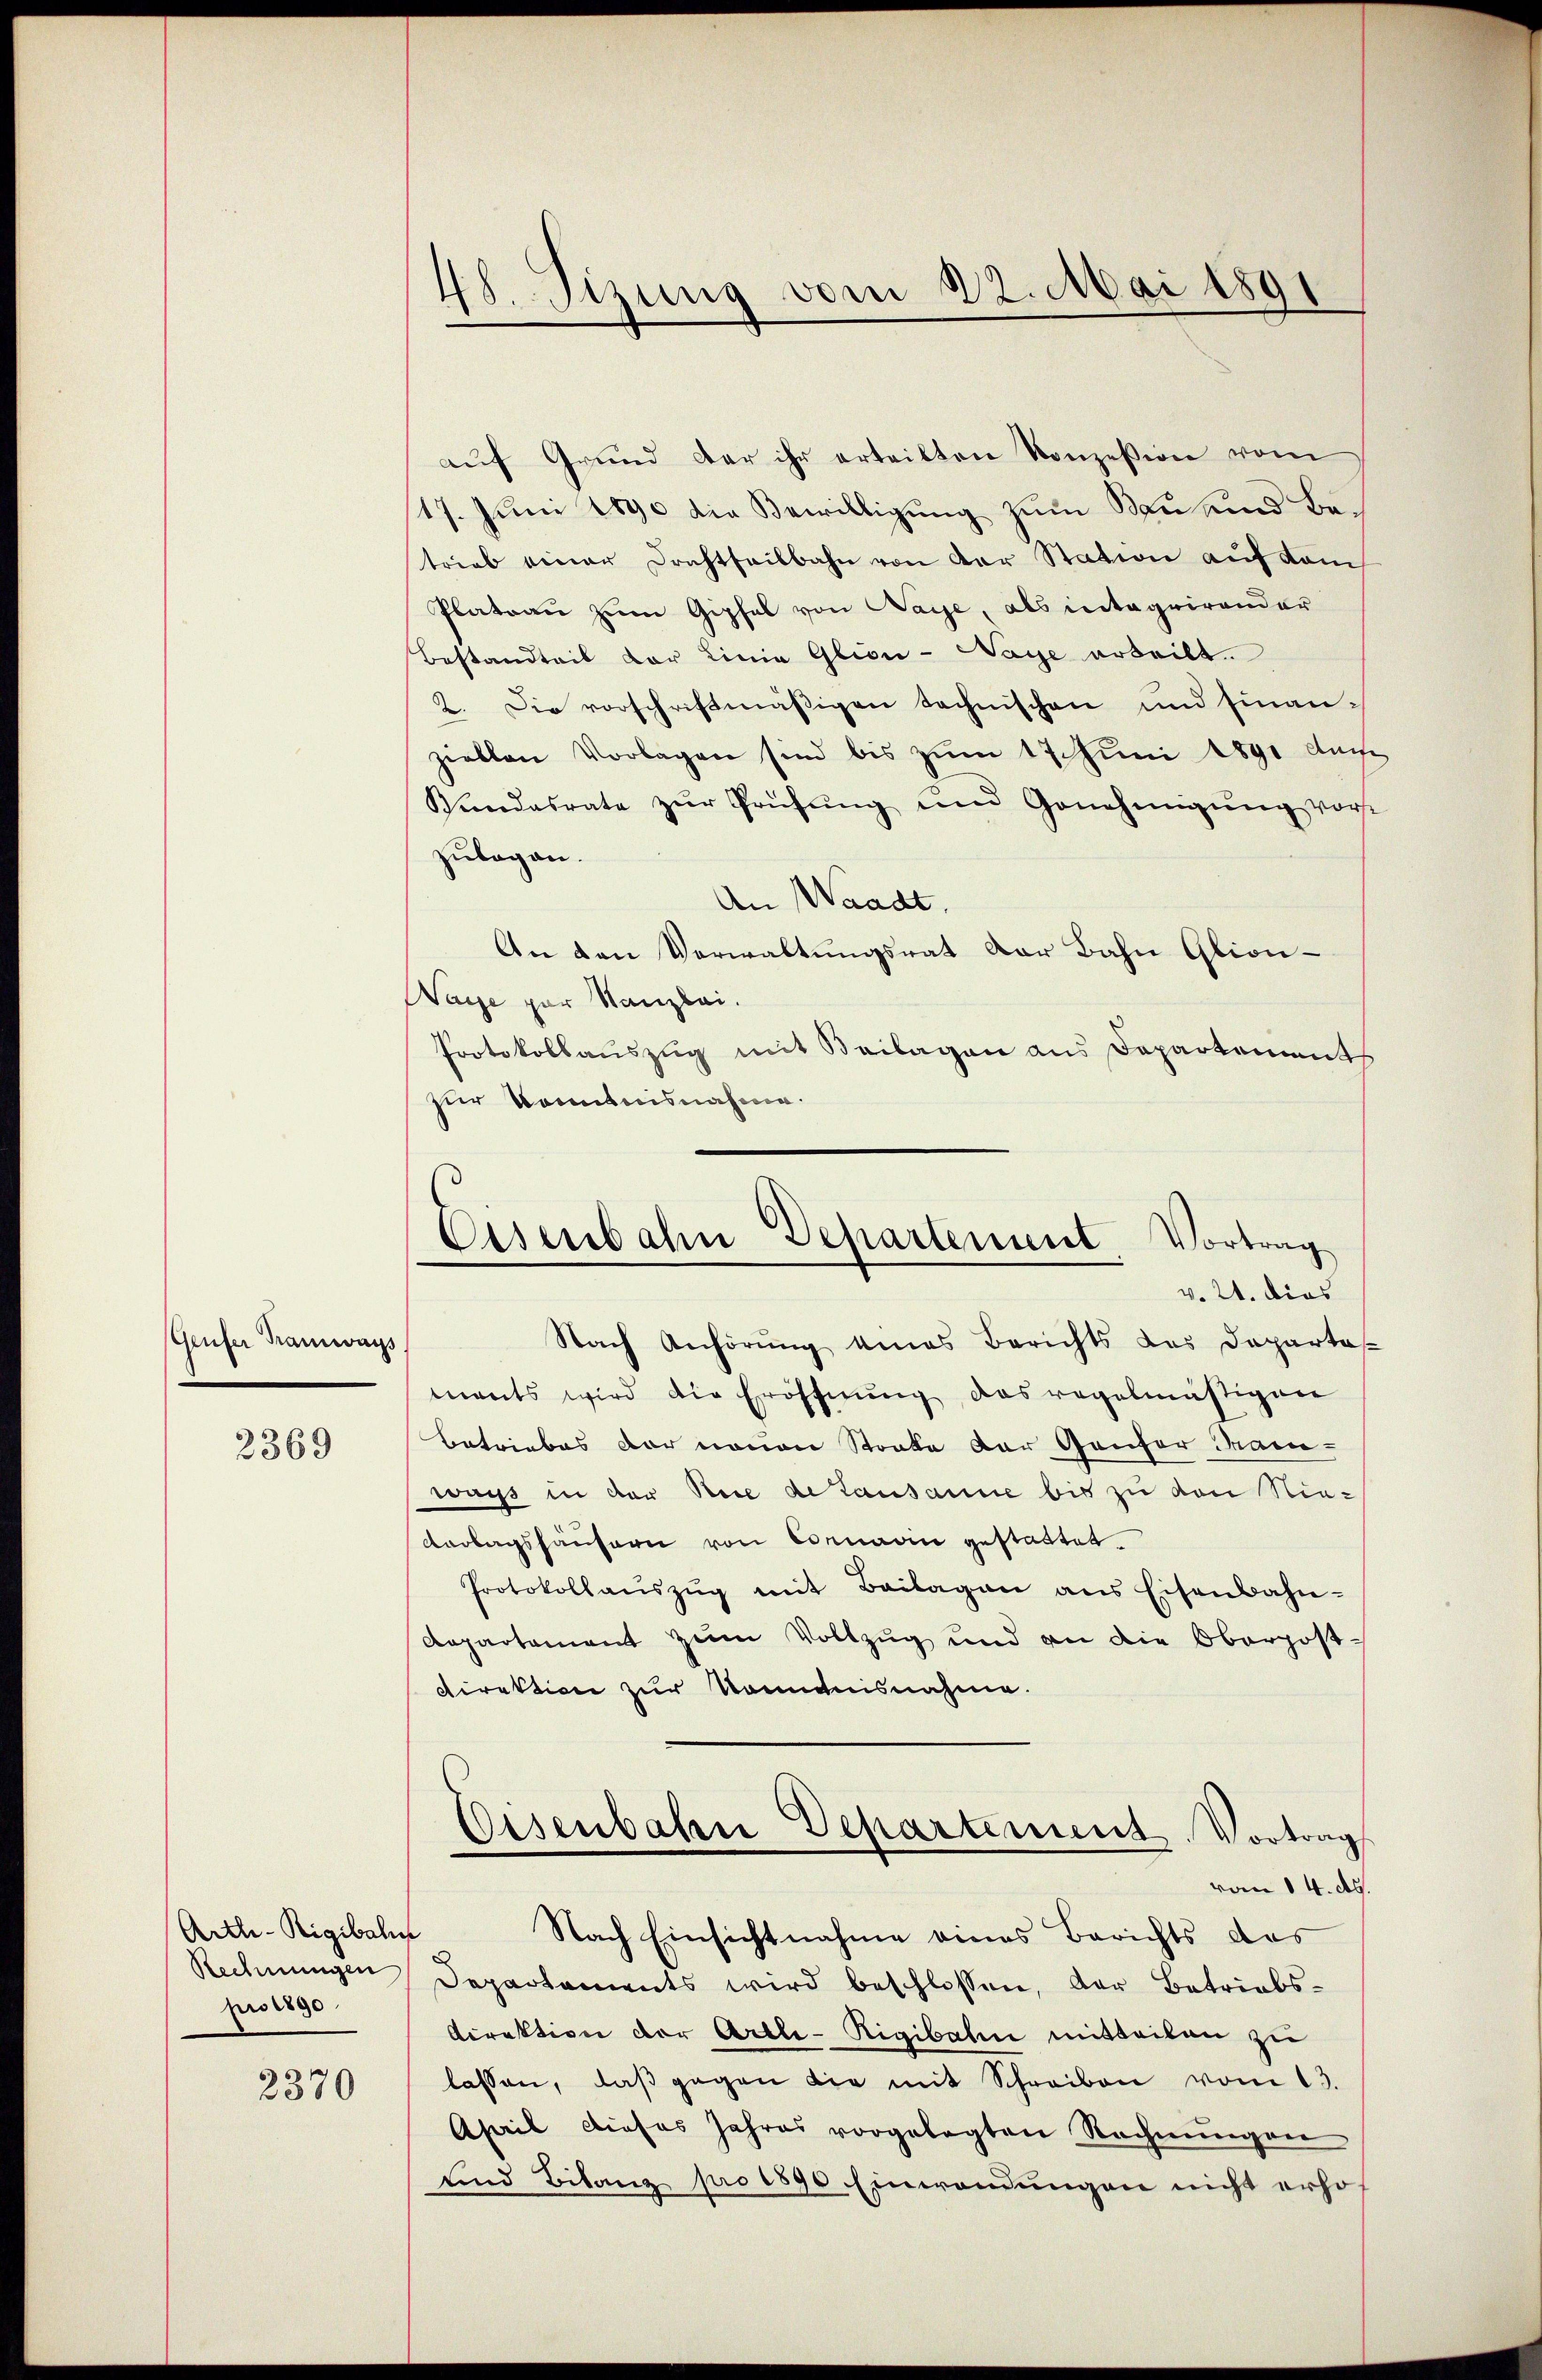
Geufer Tramways

2369

Arth-Rigibahn
Rechnungen
pro 1890

2370

aŭf Grund der ihr erteilten Konzession vom
17. Juni 1890 die Bewilligung zum Bau und Betrieb einer Drachtheilbahn von der Station auf Kom¬
Plateau zum Gipfel von Maye, als integrirender
Bestandteil der Linia Glion-Naye arteilt.
2. Die vorschriftmäßigen technischen und finanzecklen Vorlagen sind bis zum 17. Juni 1891 Auge
Vandasrate zŭr Prüfŭng und Genehmigŭng vor-
zubegan.
An Waadt.
An den Verwaltungsrat der Bahn Glion-
Haye par Kanzlei.
Protokollauszug mit Beilagen aus Departements
zur komtnisnahme.

48. Sizung vom 22. Mai 1891

Eisenbahn Departement, Vortrag
v. 21. dies

Nach Anhörung eines Berichts des Departas
ments wird die Eröffnung, das regelmäßigen
Betriebes der neuen Stocke der Genfer Man-
ways in der Rede de lausanne bis zu von Nie¬
Verlagshäusern von Cornarii gestattet.
Protokollaŭszŭg mit Beilagen ans Eisenbahn-
Aepartement zum Vollzug und an die Oberpost-
Direktion zur Kenntnisnahme.
Eisenbahn Departement. Vortrag
vom 14. ds.
Nach Einsichtnahme eines Berichts das
Departements wird beschlossen, der Betriebs¬
Direktion der Artle-Rigibahn mitteilen zu
lassen, daβ gegen die mit Schreiben vom 13.
April dieses Jahres vorgelegten Rechnŭngen
und Bilanz pro 1890 Einwendungen nicht erhof